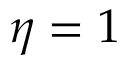
\eta = 1